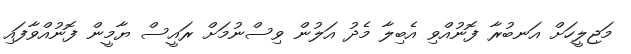
މަޖިލީހަށް އަނބުރާ ފޮނުއްވި އެބިލާ މެދު އަލުން ވިސްނުމަށް ރައީސް ޔާމީން ފޮނުއްވާފައި